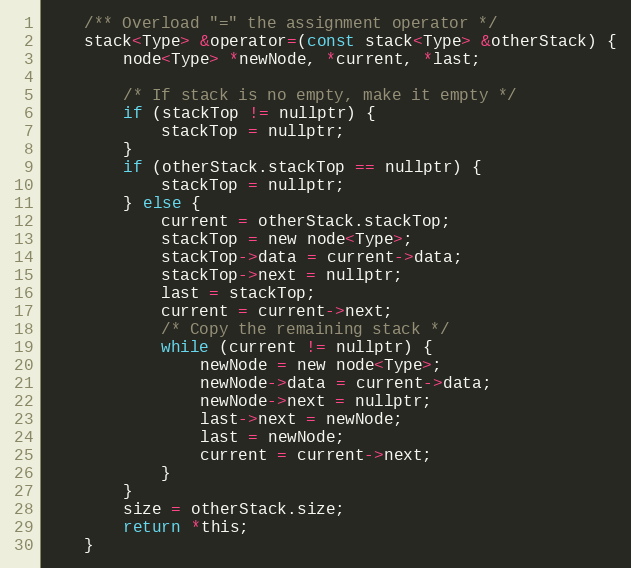
Language: C
    /** Overload "=" the assignment operator */
    stack<Type> &operator=(const stack<Type> &otherStack) {
        node<Type> *newNode, *current, *last;

        /* If stack is no empty, make it empty */
        if (stackTop != nullptr) {
            stackTop = nullptr;
        }
        if (otherStack.stackTop == nullptr) {
            stackTop = nullptr;
        } else {
            current = otherStack.stackTop;
            stackTop = new node<Type>;
            stackTop->data = current->data;
            stackTop->next = nullptr;
            last = stackTop;
            current = current->next;
            /* Copy the remaining stack */
            while (current != nullptr) {
                newNode = new node<Type>;
                newNode->data = current->data;
                newNode->next = nullptr;
                last->next = newNode;
                last = newNode;
                current = current->next;
            }
        }
        size = otherStack.size;
        return *this;
    }